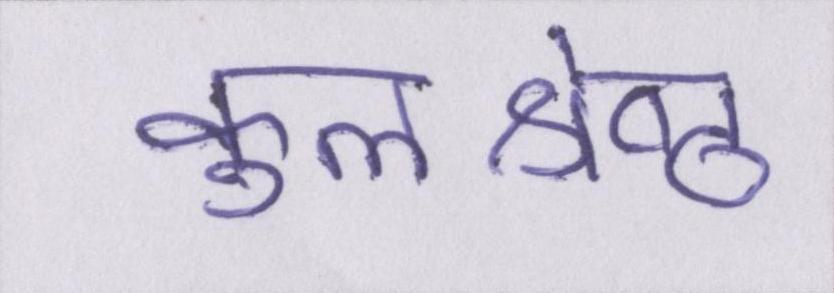
कुलश्रेष्ठ